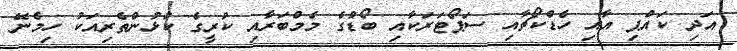
އަދި ކައްޕި އާއި ހެޑްކޯޗާއި ސަޕޯޓަރަކާއި ބޯޑުގެ މެމްބަރާއި ކުރީގެ ކުޅުންތެރިއަކު ހިމެނޭ